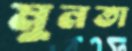
মুনতা